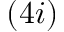
( 4 i )